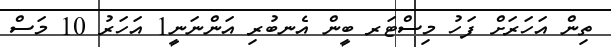
ތިން އަހަރަށް ފަހު މިސްޓަރ ބީން އެނބުރި އަންނަނީ1 އަހަރު 10 މަސް